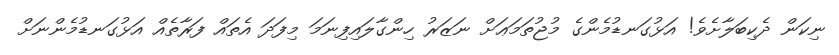
ނިކަން ދެކިބަލާށެވެ! އަޅުގަނޑުމެންގެ މުޖުތަމަޢަށް ނަޒަރު ހިންގާލައިފިނަމަ މިފަދަ އެތައް ފަރާތެއް އަޅުގަނޑުމެންނަށް